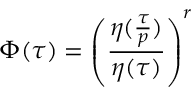
\Phi ( \tau ) = \left( \frac { \eta ( \frac { \tau } { p } ) } { \eta ( \tau ) } \right) ^ { r }